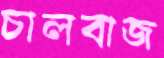
চালবাজ